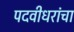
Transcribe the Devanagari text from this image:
पदवीधरांचा